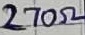
Text: 270Ω